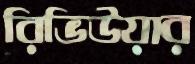
রিভিউয়ার